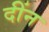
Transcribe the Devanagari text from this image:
दींन